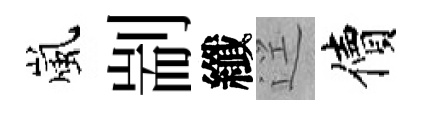
嵐剬纖逕價